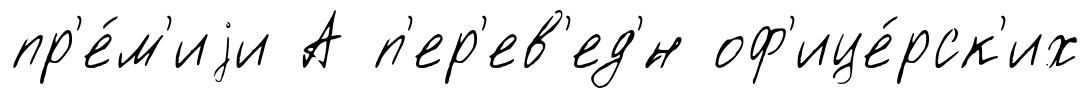
пр'е́м'иjи А п'ер'ев'ед'́н оф'ице́рск'их